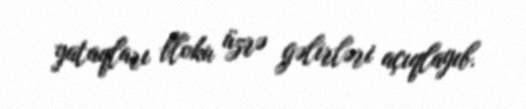
yataqları bloku üzrə gəlirləri açıqlayıb.